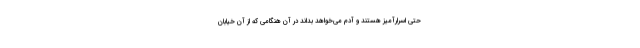
حتی اسرارآمیز هستند و آدم می‌خواهد بداند در آن هنگامی که از آن خیابان